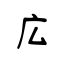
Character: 広